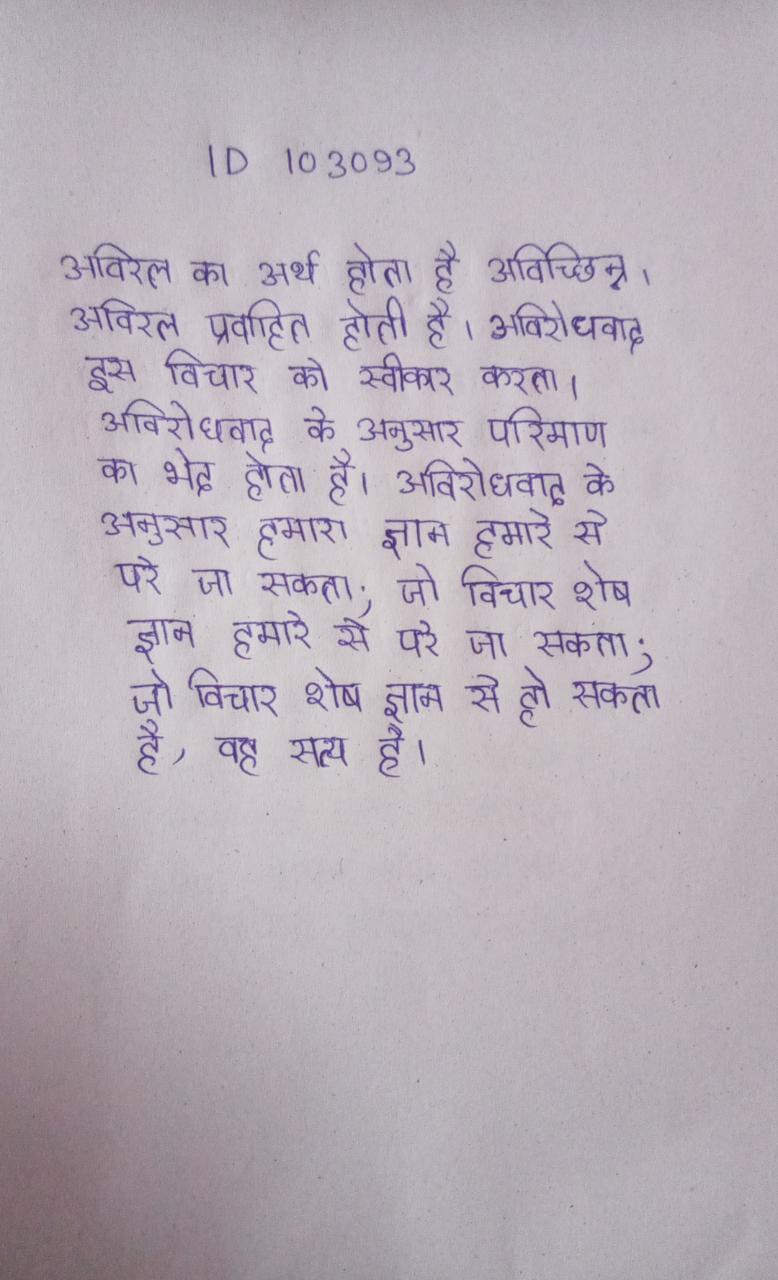
अविरल का अर्थ होता है अविच्छिन्न । अविरल प्रवाहित होती है । अविरोधवाद इस विचार को स्वीकार करता । अविरोधवाद के अनुसार परिमाण का भेद होता है । अविरोधवाद के अनुसार हमारा ज्ञान हमारे से परे जा सकता; जो विचार शेष ज्ञान हमारे से परे जा सकता; जो विचार शेष ज्ञान से हो सकता है, वह सत्य है ।